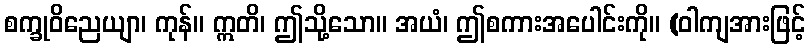
စက္ခုဝိညေယျာ၊ ကုန်။ ဣတိ၊ ဤသို့သော။ အယံ၊ ဤစကားအပေါင်းကို။ (ဝါကျအားဖြင့်